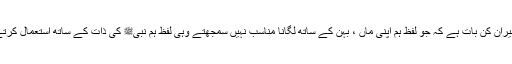
کتنی حیران کن بات ہے کہ جو لفظ ہم اپنی ماں ، بہن کے ساتھ لگانا مناسب نہیں سمجھتے وہی لفظ ہم نبیﷺ کی ذات کے ساتھ استعمال کرتے ہیں؟